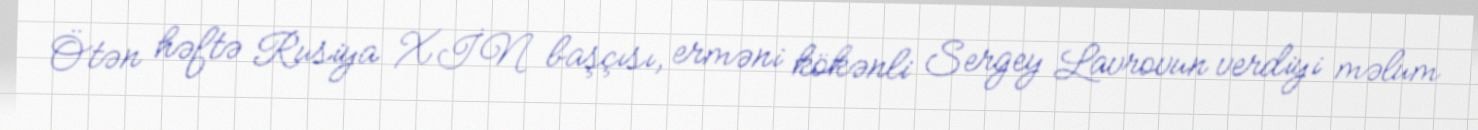
Ötən həftə Rusiya XİN başçısı, erməni kökənli Sergey Lavrovun verdiyi məlum